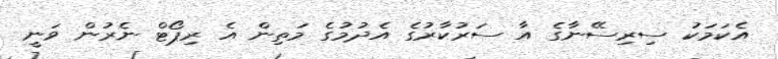
އެކަމަކު ސިރިސޭނާގެ އާ ސަރުކާރުގެ އެދުމުގެ މަތިން އެ ރިޕޯޓް ނެރުން ވަނީ